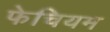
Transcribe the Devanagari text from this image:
फेचियम